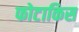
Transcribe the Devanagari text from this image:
फोटाकिस